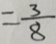
= \frac { 3 } { 8 }